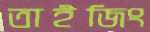
তাইজিং